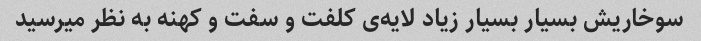
سوخاریش بسیار بسیار زیاد لایه‌ی کلفت و سفت و کهنه به نظر میرسید